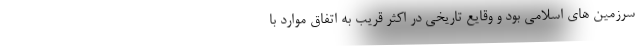
سرزمین های اسلامی بود و وقایع تاریخی در اکثر قریب به اتفاق موارد با